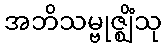
အဘိသမ္ဗုဇ္ဈိံသု